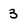
Character: 3